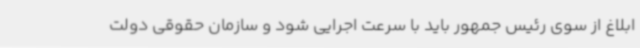
ابلاغ از سوی رئیس جمهور باید با سرعت اجرایی شود و سازمان حقوقی دولت